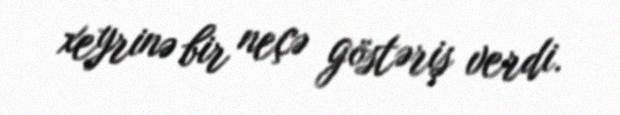
xeyrinə bir neçə göstəriş verdi.